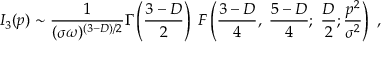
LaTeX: I _ { 3 } ( p ) \sim \frac { 1 } { ( \sigma \omega ) ^ { ( 3 - D ) / 2 } } \Gamma \left( \frac { 3 - D } { 2 } \right) \; F \left( \frac { 3 - D } { 4 } , \; \frac { 5 - D } { 4 } ; \; \frac { D } { 2 } ; \frac { p ^ { 2 } } { \sigma ^ { 2 } } \right) \; ,